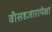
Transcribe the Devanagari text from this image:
वीसहजारापेक्षा